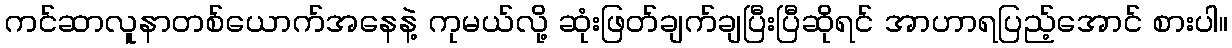
ကင်ဆာလူနာတစ်ယောက်အနေနဲ့ ကုမယ်လို့ ဆုံးဖြတ်ချက်ချပြီးပြီဆိုရင် အာဟာရပြည့်အောင် စားပါ။